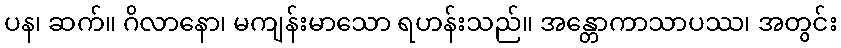
ပန၊ ဆက်။ ဂိလာနော၊ မကျန်းမာသော ရဟန်းသည်။ အန္တောကာသာပဿ၊ အတွင်း